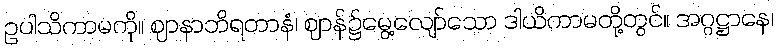
ဥပါသိကာမကို။ ဈာနာဘိရတာနံ၊ ဈာန်၌မွေ့လျော်သော ဒါယိကာမတို့တွင်။ အဂ္ဂဋ္ဌာနေ၊